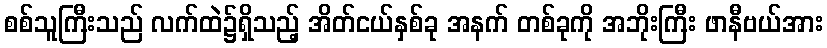
စစ်သူကြီးသည် လက်ထဲ၌ရှိသည့် အိတ်ငယ်နှစ်ခု အနက် တစ်ခုကို အဘိုးကြီး ဖာနီဗယ်အား